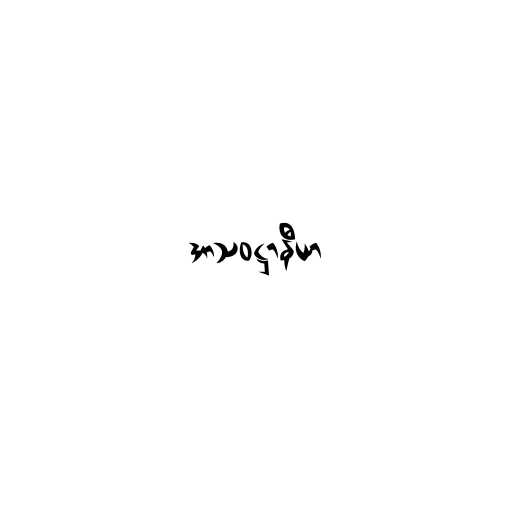
အာသဝဋ္ဌာနီယာ